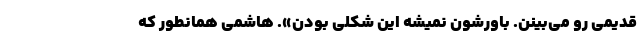
قدیمی رو می‌بینن. باورشون نمیشه این شکلی بودن». هاشمی همانطور که